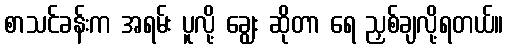
စာသင်ခန်းက အရမ်း ပူလို့ ချွေး ဆိုတာ ရေ ညှစ်ချလို့ရတယ်။